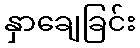
နှာချေခြင်း